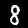
Digit: 8